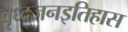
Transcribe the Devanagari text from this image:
वृध्दजनइतिहास